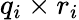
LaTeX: q_{i}\times r_{i}